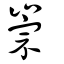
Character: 崇